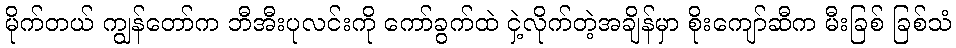
မိုက်တယ် ကျွန်တော်က ဘီအီးပုလင်းကို ကော်ခွက်ထဲ ငှဲ့လိုက်တဲ့အချိန်မှာ စိုးကျော်ဆီက မီးခြစ် ခြစ်သံ